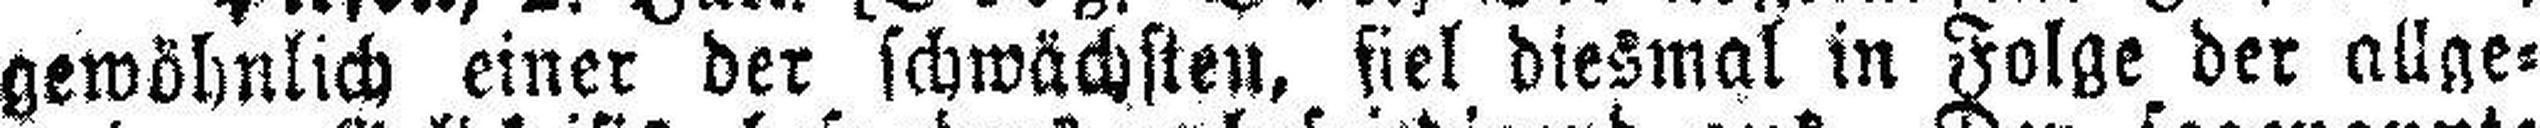
gewöhnlich einer der schwächsten, fiel diesmal in Folge der allge¬